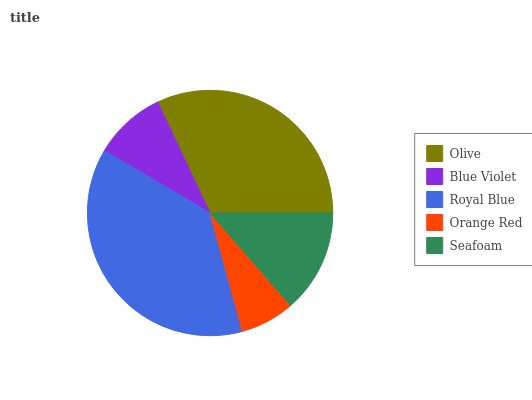
| Olive | Blue Violet | Royal Blue | Orange Red | Seafoam |
 | --- | --- | --- | --- | --- |
 | 32% | 9.52% | 37.7% | 7.15% | 13.6% |